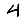
Digit: 4